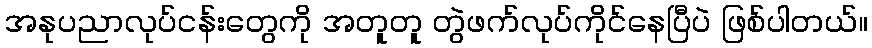
အနုပညာလုပ်ငန်းတွေကို အတူတူ တွဲဖက်လုပ်ကိုင်နေပြီပဲ ဖြစ်ပါတယ်။